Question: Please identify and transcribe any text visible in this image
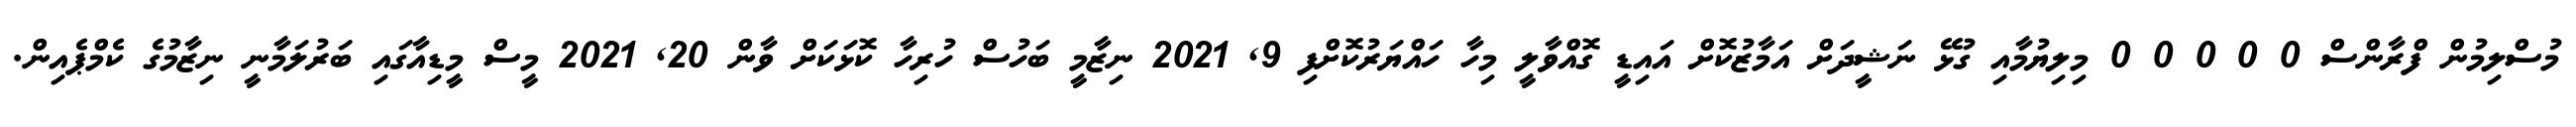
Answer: މުސްލިމުން ފްރާންސް 0 0 0 0 0 މިލިޔުމާއި ގުޅޭ ނަޝީދަށް އަމާޒުކޮށް އައިޑީ ގޮއްވާލީ މިހާ ހައްޔަރުކޮށްފި 9, 2021 ނިޒާމީ ބަހުސް ހުރިހާ ކޮޅަކަށް ވާން 20, 2021 މީސް މީޑިއާގައި ބަރުލަމާނީ ނިޒާމުގެ ކެމްޕެއިން.